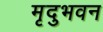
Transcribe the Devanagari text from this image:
मृदुभवन